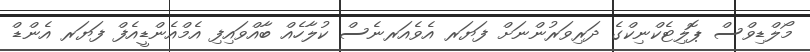
މޯލްޑިވްސް ޕޮލިޓެކްނިކްގެ ދަރިވަރުންނަށް ފަޔަރ އެވެއަރނެސް ކުލާހެއް ބާއްވައިފި އެމްއެންޑީއެފް ފަޔަރ އެންޑް